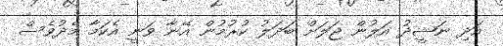
އަދި ނަޝީދު އަލުން ޖަލަށް ބަދަލު ކުރުމުން އޭނާ ވަނީ އެކަމާ މެދުވެސް